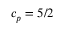
c _ { p } = 5 / 2